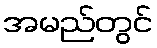
အမည်တွင်